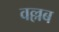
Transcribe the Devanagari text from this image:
वल्लब